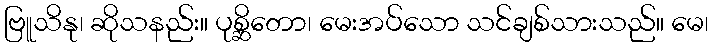
ဗြူသိနု၊ ဆိုသနည်း။ ပုစ္ဆိတော၊ မေးအပ်သော သင်ချစ်သားသည်။ မေ၊